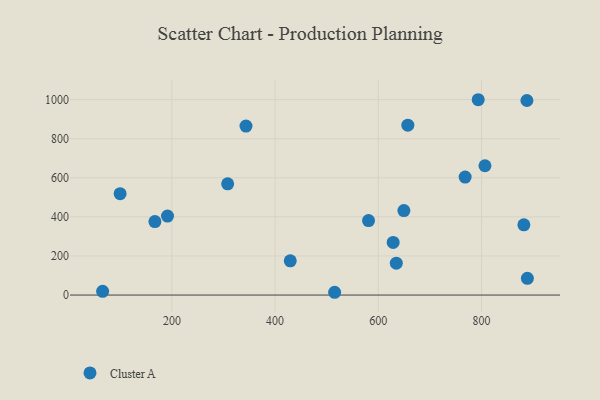
{"axis": {"x": "Distance", "y": "Salary"}, "legend": ["Cluster A"], "data": [{"x": "657.2", "y": 869.6, "type": "Cluster A"}, {"x": "515.4", "y": 14.2, "type": "Cluster A"}, {"x": "634.9", "y": 163.2, "type": "Cluster A"}, {"x": "882.1", "y": 359.4, "type": "Cluster A"}, {"x": "191.5", "y": 404.0, "type": "Cluster A"}, {"x": "167.1", "y": 376.2, "type": "Cluster A"}, {"x": "768.3", "y": 603.7, "type": "Cluster A"}, {"x": "888.0", "y": 995.7, "type": "Cluster A"}, {"x": "649.6", "y": 432.5, "type": "Cluster A"}, {"x": "65.8", "y": 19.0, "type": "Cluster A"}, {"x": "581.1", "y": 381.0, "type": "Cluster A"}, {"x": "343.6", "y": 864.6, "type": "Cluster A"}, {"x": "628.8", "y": 269.5, "type": "Cluster A"}, {"x": "99.7", "y": 518.9, "type": "Cluster A"}, {"x": "793.6", "y": 999.6, "type": "Cluster A"}, {"x": "429.4", "y": 175.1, "type": "Cluster A"}, {"x": "308.1", "y": 569.4, "type": "Cluster A"}, {"x": "888.9", "y": 85.8, "type": "Cluster A"}, {"x": "806.7", "y": 661.8, "type": "Cluster A"}]}